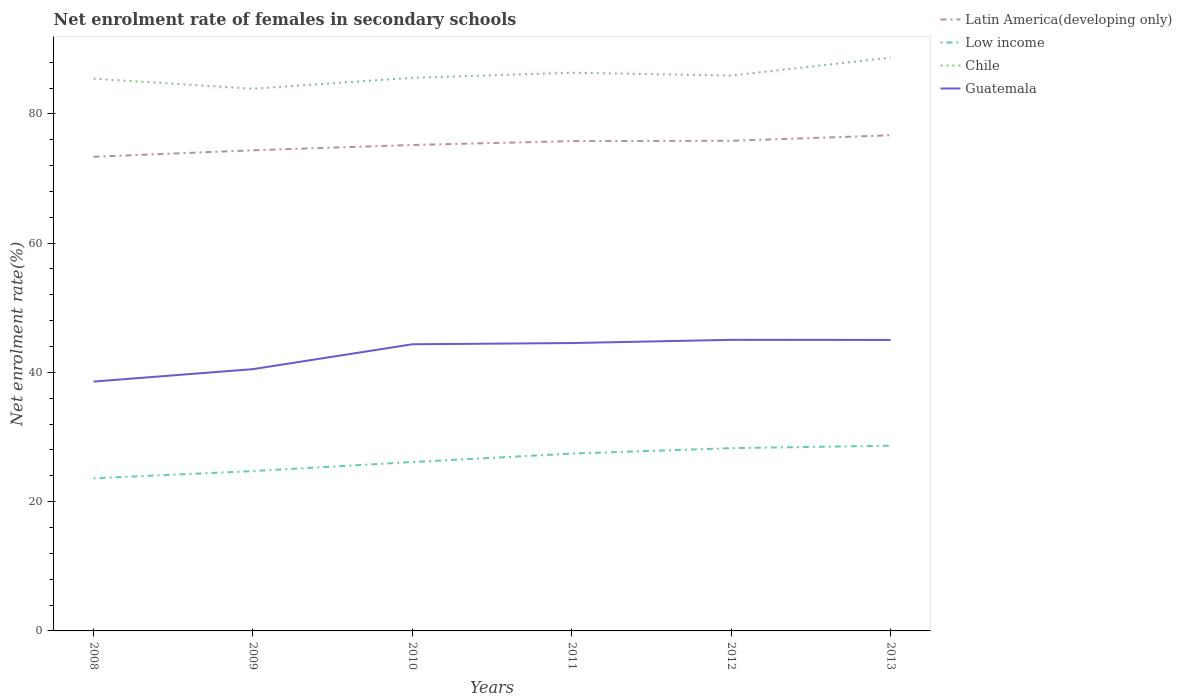
| Years | Latin America(developing only) | Low income | Chile | Guatemala |
 | --- | --- | --- | --- | --- |
 | 2008 | 73.4 | 23.6 | 85.4 | 38.6 |
 | 2009 | 74.4 | 24.7 | 83.9 | 40.5 |
 | 2010 | 75.2 | 26.1 | 85.6 | 44.4 |
 | 2011 | 75.8 | 27.4 | 86.4 | 44.5 |
 | 2012 | 75.8 | 28.3 | 85.9 | 45 |
 | 2013 | 76.7 | 28.7 | 88.7 | 45 |